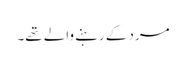
مرد کے رہنے والے تھے۔